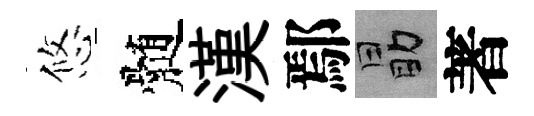
悠髄漢鄢勗著